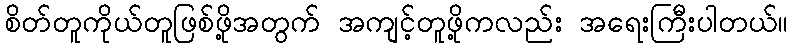
စိတ်တူကိုယ်တူဖြစ်ဖို့အတွက် အကျင့်တူဖို့ကလည်း အရေးကြီးပါတယ်။